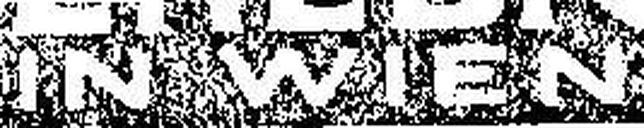
IN WIEN"